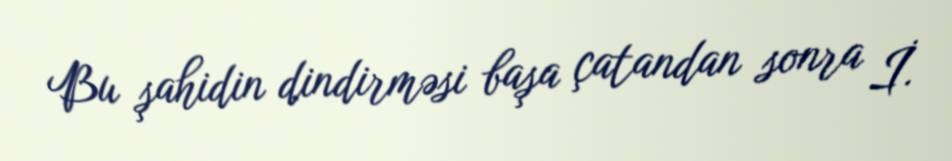
Bu şahidin dindirməsi başa çatandan sonra İ.